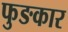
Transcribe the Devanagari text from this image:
फुङकार